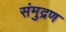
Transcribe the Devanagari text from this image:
संमुद्रण